Annual report on the health of the army in India
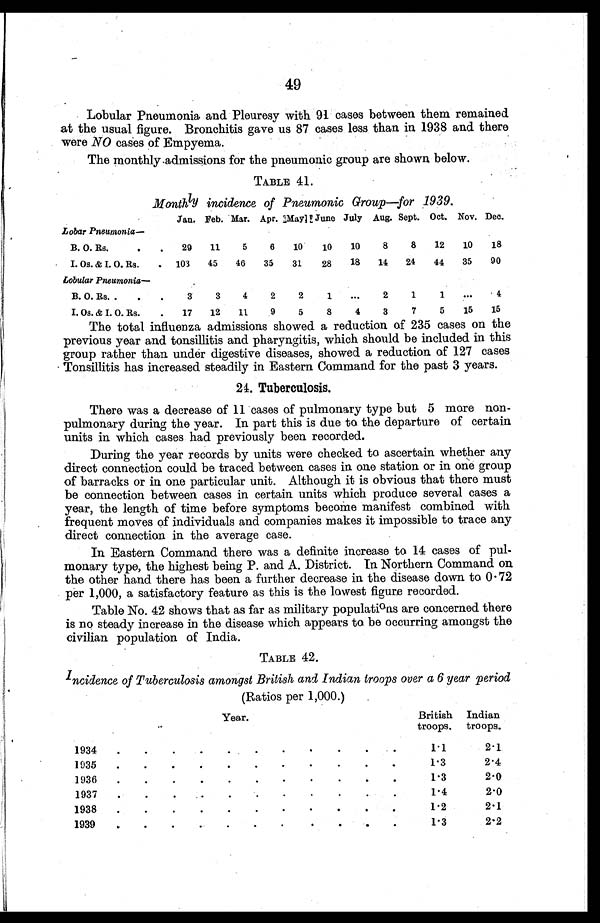
49
Lobular Pneumonia. and Pleuresy with 91 cases between them remained
at the usual figure. Bronchitis gave us 87 cases less than in 1938 and there
were NO cases of Empyema.
The monthly admissions for the pneumonic group are shown below.
TABLE 41.
Monthly incidence of Pneumonic Group—for 1939.
Jan. Feb. Mar. Apr.
M a y . June July Aug. Sept. Oct. Nov. Dec.
Lobar Pneumonia—
B. O. Rs.
.
. 29 11
5
6
10
10 10
8
8 12 10
18
I. Os. & I. O. Rs.
. 103 45 46 35 31
28 18 14 24 44 35 90
Lobular Pneumonia—
B. O. Rs. .
.
.
3
3
4
2
2
1
. . . 2
1
1 ...
4
I. Os. & I. O. Rs.
.
17 12 11
9
5
8
4
3
7
5 15 15
The total influenza admissions showed a reduction of 235 cases on the
previous year and tonsillitis and pharyngitis, which should be included in this
group rather than under digestive diseases, showed a reduction of 127 cases
Tonsillitis has increased steadily in Eastern Command for the past 3 years.
24. Tuberculosis.
There was a decrease of 11 cases of pulmonary type but 5 more non-
pulmonary during the year. In part this is due to the departure of certain
units in which cases had previously been recorded.
During the year records by units were checked to ascertain whether any
direct connection could be traced between cases in one station or in one group
of barracks or in one particular unit. Although it is obvious that there must
be connection between cases in certain units which produce several cases a
year, the length of time before symptoms become manifest combined with
frequent moves of individuals and companies makes it impossible to trace any
direct connection in the average case.
In Eastern Command there was a definite increase to 14 cases of pul-
monary type, the highest being P. and A. District. In Northern Command on
the other hand there has been a further decrease in the disease down to 0.72
per 1,000, a satisfactory feature as this is the lowest figure recorded.
Table No. 42 shows that as far as military populations are concerned there
is no steady increase in the disease which appears to be occurring amongst the
civilian population of India.
TABLE 42.
Incidence of Tuberculosis amongst British and Indian troops over a 6 year period
(Ratios per 1,000.)
Year.
British
troops.
Indian
troops.
1934
.
.
.
.
. .
.
.
.
.
.
1.1
2.1
1935
.
.
.
.
. .
.
.
.
.
.
1.3
2.4
1936
.
.
.
.
. .
.
.
.
.
.
1.3
2.0
1937
.
.
.
.
. .
.
.
.
.
.
1.4
2.0
1938
.
.
.
.
. .
.
.
.
.
.
1.2
2.1
1939
.
.
.
.
.
.
.
.
.
.
.
1.3
2.2